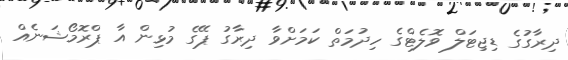
ދިރާގުގެ ޑިޖިޓަލް ވޮލެޓްގެ ހިދުމަތް ކަމަށްވާ ދިރާގު ޕޭގެ މުޅިން އާ ޕްރޮމޯޝަނެއް